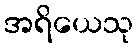
အရိယေသု